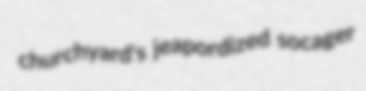
churchyard's jeapordized socager